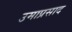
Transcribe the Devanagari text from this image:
उमाप्रसाद